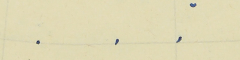
.    .    .